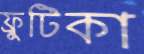
ফ্রুটিকা